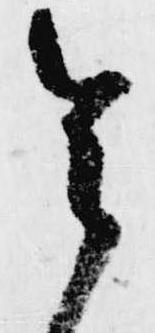
令